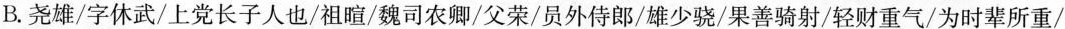
B.尧雄/字休武/上党长子人也/祖暄/魏司农卿/父荣/员外侍郎/雄少骁/果善骑射/轻财重气/为时辈所重/